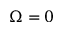
\Omega = 0